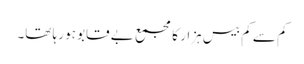
کم سے کم بیس ہزار کا مجمع بے قابو ہو رہا تھا۔